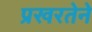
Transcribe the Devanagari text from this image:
प्रखरतेने